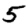
Digit: 5